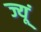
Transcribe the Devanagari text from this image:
ज्यूं